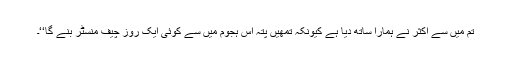
تم میں سے اکثر نے ہمارا ساتھ دیا ہے کیونکہ تمھیں پتہ اس ہجوم میں سے کوئی ایک روز چیف منسٹر بنے گا‘‘۔